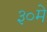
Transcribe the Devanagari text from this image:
३०मे